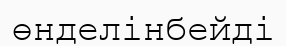
өнделінбейді